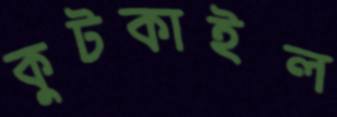
কুটকাইল